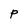
Character: P